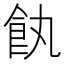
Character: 𩚐